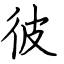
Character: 彼